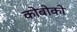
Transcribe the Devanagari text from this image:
कोबोको